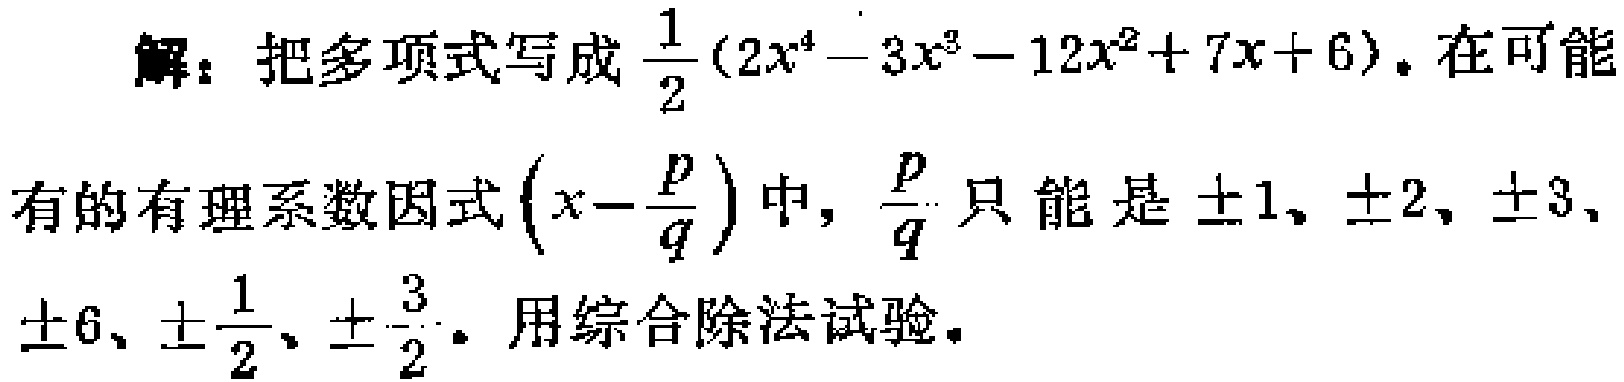
解：把多项式写成$\frac{1}{2}(2x^{4}-3x^{3}-12x^{2}+7x + 6)$。在可能有的有理系数因式$\left(x-\frac{p}{q}\right)$中，$\frac{p}{q}$只能是$\pm1$、$\pm2$、$\pm3$、$\pm6$、$\pm\frac{1}{2}$、$\pm\frac{3}{2}$。用综合除法试验。